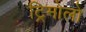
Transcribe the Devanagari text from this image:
ट्रिमोलो